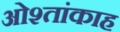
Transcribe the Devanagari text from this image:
ओश्तांकाह